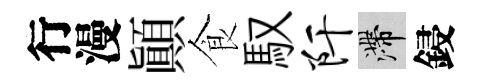
行漫顛食馭阡滯鋟